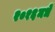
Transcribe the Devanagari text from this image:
२०१६मधे